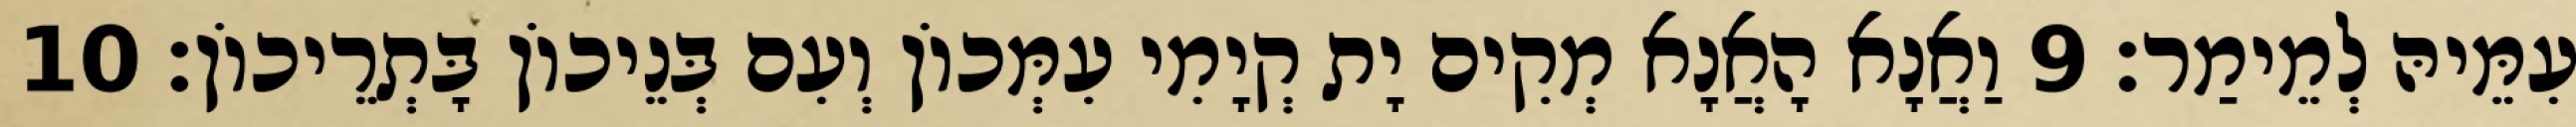
עִמֵּיהּ לְמֵימַר׃ 9 וַאֲנָא הָאֲנָא מְקִים יָת קְיָמִי עִמְּכוֹן וְעִם בְּנֵיכוֹן בָּתְרֵיכוֹן׃ 10